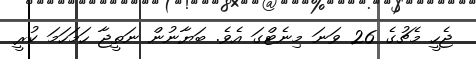
ޖެހީ މެޗުގެ 26 ވަނަ މިނެޓްގަ އެވެ. ބަޔާނުން ނަތީޖާ ހަމަހަމަ ކުރީ